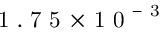
{ \mathrm { ~ 1 ~ . ~ 7 ~ 5 ~ } \! \times \! \mathrm { ~ 1 ~ 0 ~ } ^ { - \mathrm { ~ 3 ~ } } }